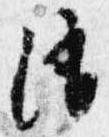
消